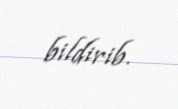
bildirib.